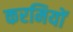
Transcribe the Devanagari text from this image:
करमियों